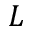
L